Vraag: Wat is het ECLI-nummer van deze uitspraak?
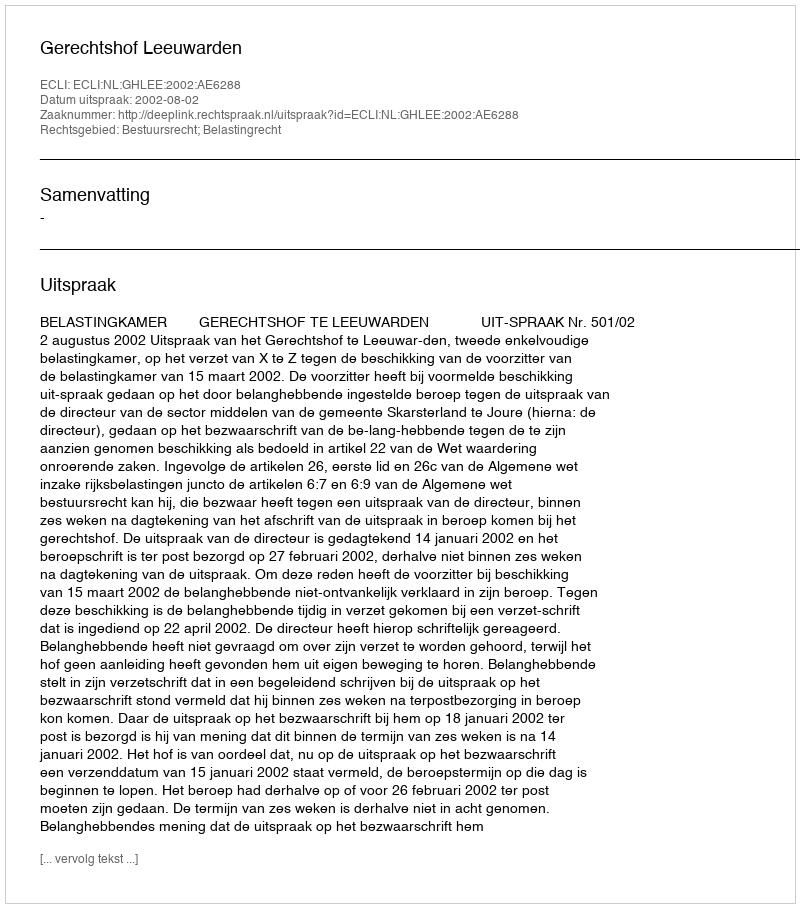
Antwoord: ECLI:NL:GHLEE:2002:AE6288